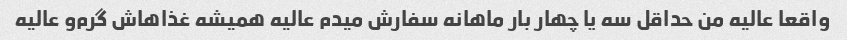
واقعا عالیه من حداقل سه یا چهار بار ماهانه سفارش میدم عالیه همیشه غذاهاش گرم‌و عالیه